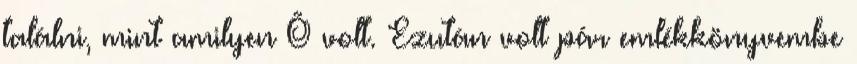
találni, mint amilyen Õ volt. Ezután volt pár emlékkönyvembe